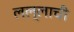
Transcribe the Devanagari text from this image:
लल्लाची